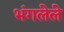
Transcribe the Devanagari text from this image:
भंगलेले